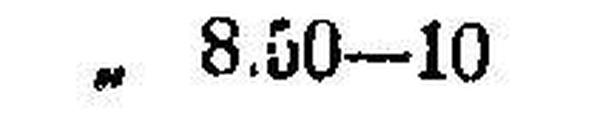
„ 8.50—10